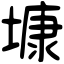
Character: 𡐓